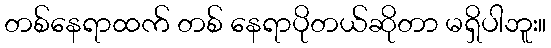
တစ်နေရာထက် တစ် နေရာပိုတယ်ဆိုတာ မရှိပါဘူး။